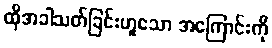
ထိုအခါသတ်ခြင်းဟူသော အကြောင်းကို